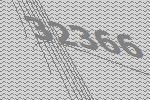
32366